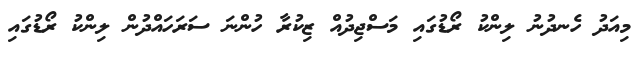
މިއަދު ހެނދުނު ލިންކު ރޯޑުގައި މަސްޖިދުއް ޒިކުރާ ހުންނަ ސަރަހައްދުން ލިންކު ރޯޑުގައި